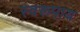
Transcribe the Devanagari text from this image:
स्वरूपाय